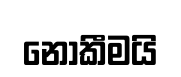
නොකීමයි